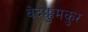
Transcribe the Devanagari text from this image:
वेदक्कुमकुर